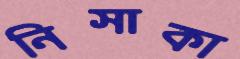
নিসাকা